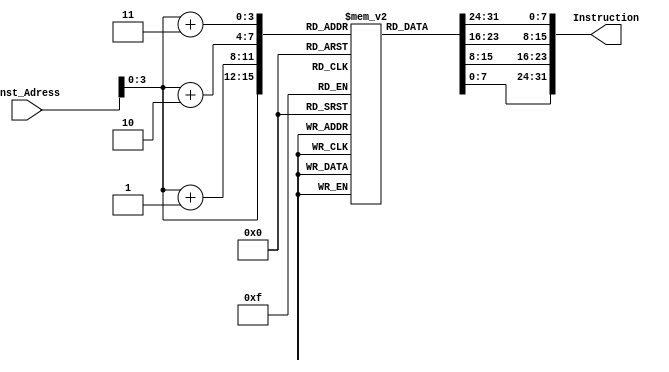
module Instruction_memory(
input [63:0] Inst_Adress,
output reg [31:0] Instruction
);

reg [7:0]Array[15:0]; 
  initial 
    begin 
        

        Array[0] =8'b10110011; 
        Array[1] =8'b00000001; 
        Array[2] =8'b00010000; 
        Array[3] =8'b00000000; 

        Array[4] =8'b00010011; 
        Array[5] =8'b10000001; 
        Array[6] =8'b00110001; 
        Array[7] =8'b00000000; 

        Array[8] =8'b00010011; 
        Array[9] =8'b10000010; 
        Array[10] =8'b01100001; 
        Array[11] =8'b00000000;
 
	Array[12] =8'b00110011; 
        Array[13] =8'b10000011; 
        Array[14] =8'b00110001; 
        Array[15] =8'b00000000; 


    end 



always @ (Inst_Adress)
begin
	
	Instruction={Array[Inst_Adress+3],Array[Inst_Adress+2], Array[Inst_Adress+1],Array[Inst_Adress]};
end
endmodule